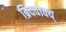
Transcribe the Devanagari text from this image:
ब्रिदवाक्य्